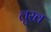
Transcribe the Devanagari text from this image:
लुख